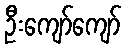
ဦးကျော်ကျော်